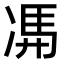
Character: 𠗦